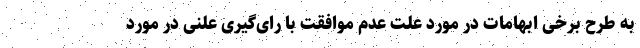
به طرح برخی ابهامات در مورد علت عدم موافقت با رای‌گیری علنی در مورد